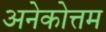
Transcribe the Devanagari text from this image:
अनेकोत्तम